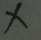
\times